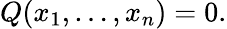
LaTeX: Q(x_{1},\ldots,x_{n})=0.